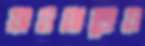
যাওয়াতেও